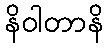
နိဝါတာနိ